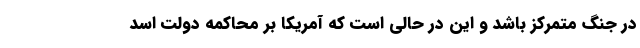
در جنگ متمرکز باشد و این در حالی است که آمریکا بر محاکمه دولت اسد